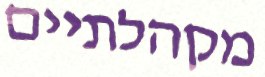
מקהלתיים